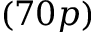
( 7 0 p )